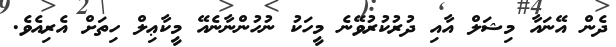
ދެން އޭނައާ މިޝަލް އާއި ދުރުކުރުވޭނެ މީހަކު ނުހުންނާނެއޭ މީކާޢިލް ހިތަށް އެރިއެވެ.